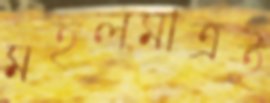
মহলমাত্রই